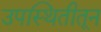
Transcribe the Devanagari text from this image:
उपस्थितीतून